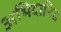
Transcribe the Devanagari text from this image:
अभिदानित